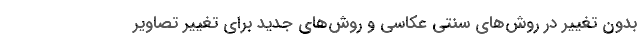
بدون تغییر در روش‌های سنتی عکاسی و روش‌های جدید برای تغییر تصاویر